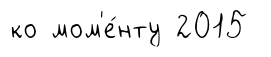
ко мом'е́нту 2015